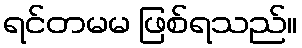
ရင်တမမ ဖြစ်ရသည်။